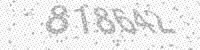
Solution: 818642